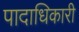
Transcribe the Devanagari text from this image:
पादाधिकारी